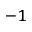
^ { - 1 }